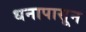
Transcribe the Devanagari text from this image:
धनापासून